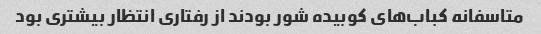
متاسفانه کباب‌های کوبیده شور بودند از رفتاری انتظار بیشتری بود